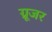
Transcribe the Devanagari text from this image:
ग्रूजर